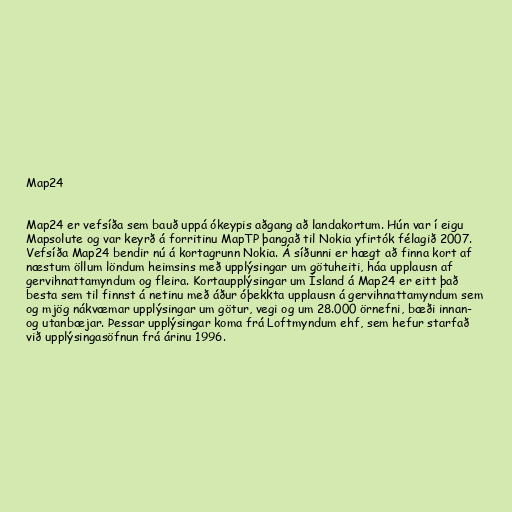
Map24

Map24 er vefsíða sem bauð uppá ókeypis aðgang að landakortum. Hún var í eigu
Mapsolute og var keyrð á forritinu MapTP þangað til Nokia yfirtók félagið 2007.
Vefsíða Map24 bendir nú á kortagrunn Nokia. Á síðunni er hægt að finna kort af
næstum öllum löndum heimsins með upplýsingar um götuheiti, háa upplausn af
gervihnattamyndum og fleira. Kortaupplýsingar um Ísland á Map24 er eitt það
besta sem til finnst á netinu með áður óþekkta upplausn á gervihnattamyndum sem
og mjög nákvæmar upplýsingar um götur, vegi og um 28.000 örnefni, bæði innan-
og utanbæjar. Þessar upplýsingar koma frá Loftmyndum ehf, sem hefur starfað
við upplýsingasöfnun frá árinu 1996.